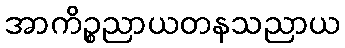
အာကိဉ္စညာယတနသညာယ